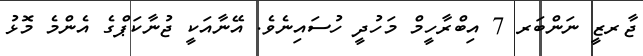
ޖާރޒީ ނަންބަރ 7 އިބްރާހީމް މަހުދީ ހުސައިނެވެ. އޭނާއަކީ ޖުނާކަޕްގެ އެންމެ މޮޅު